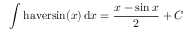
\int \mathrm { h a v e r s i n } ( x ) \, \mathrm { d } x = { \frac { x - \sin { x } } { 2 } } + C